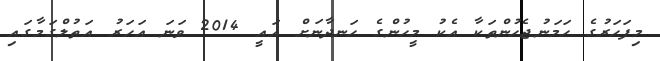
މިފަހަރުގެ ހަމަނުޖެހުންތަކާ އެކު މީހުންގެ ހަނދާނަށް އައީ 2014 ވަނަ އަހަރު އަތުލްގަމާގައި